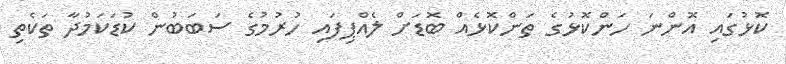
ކޮޅުގައި އޮންނަ ހަންކޮޅުގެ ތަންކޮޅެއް ބޮޑަށް ލެއްޕިފައި ހުރުމުގެ ސަބަބުން ކުޑަކަމުދާ ތަކެތި